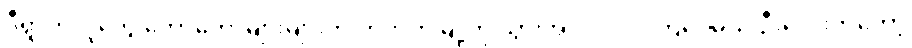
ဒီရွာကလူတွေ တော်တော်များများက ဟိုဘက်မြို့ကို သွားအလုပ်လုပ်ကြပေမယ့် ဦးလေးကတော့